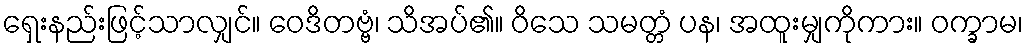
ရှေးနည်းဖြင့်သာလျှင်။ ဝေဒိတဗ္ဗံ၊ သိအပ်၏။ ဝိသေ သမတ္တံ ပန၊ အထူးမျှကိုကား။ ဝက္ခာမ၊